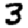
Digit: 3